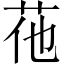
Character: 𦭟